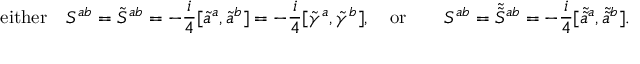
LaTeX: \mathrm { e i t h e r } \quad { \cal S } ^ { a b } = \tilde { S } ^ { a b } = - \frac { i } { 4 } [ \tilde { a } ^ { a } , \tilde { a } ^ { b } ] = - \frac { i } { 4 } [ \tilde { \gamma } ^ { a } , \tilde { \gamma } ^ { b } ] , \quad \mathrm { o r } \qquad { \cal S } ^ { a b } = \tilde { \tilde { S } } { } ^ { a b } = - \frac { i } { 4 } [ \tilde { \tilde { a } } { } ^ { a } , \tilde { \tilde { a } } { } ^ { b } ] .